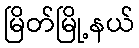
မြိတ်မြို့နယ်